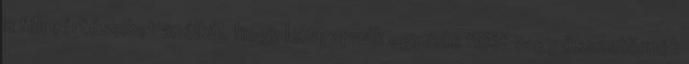
a félreértéseiket anélkül, hogy leharapnák egymás fejét vagy összetörnék